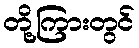
တို့ကြားတွင်